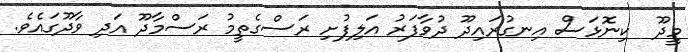
މީދޫ  ކިނޮޅަސް އިނގުރައިދޫ ދުވާފަރު އަލިފުށި ރަސްގެތީމު ރަސްމާދޫ އަދި ވާދޫގައެވެ.